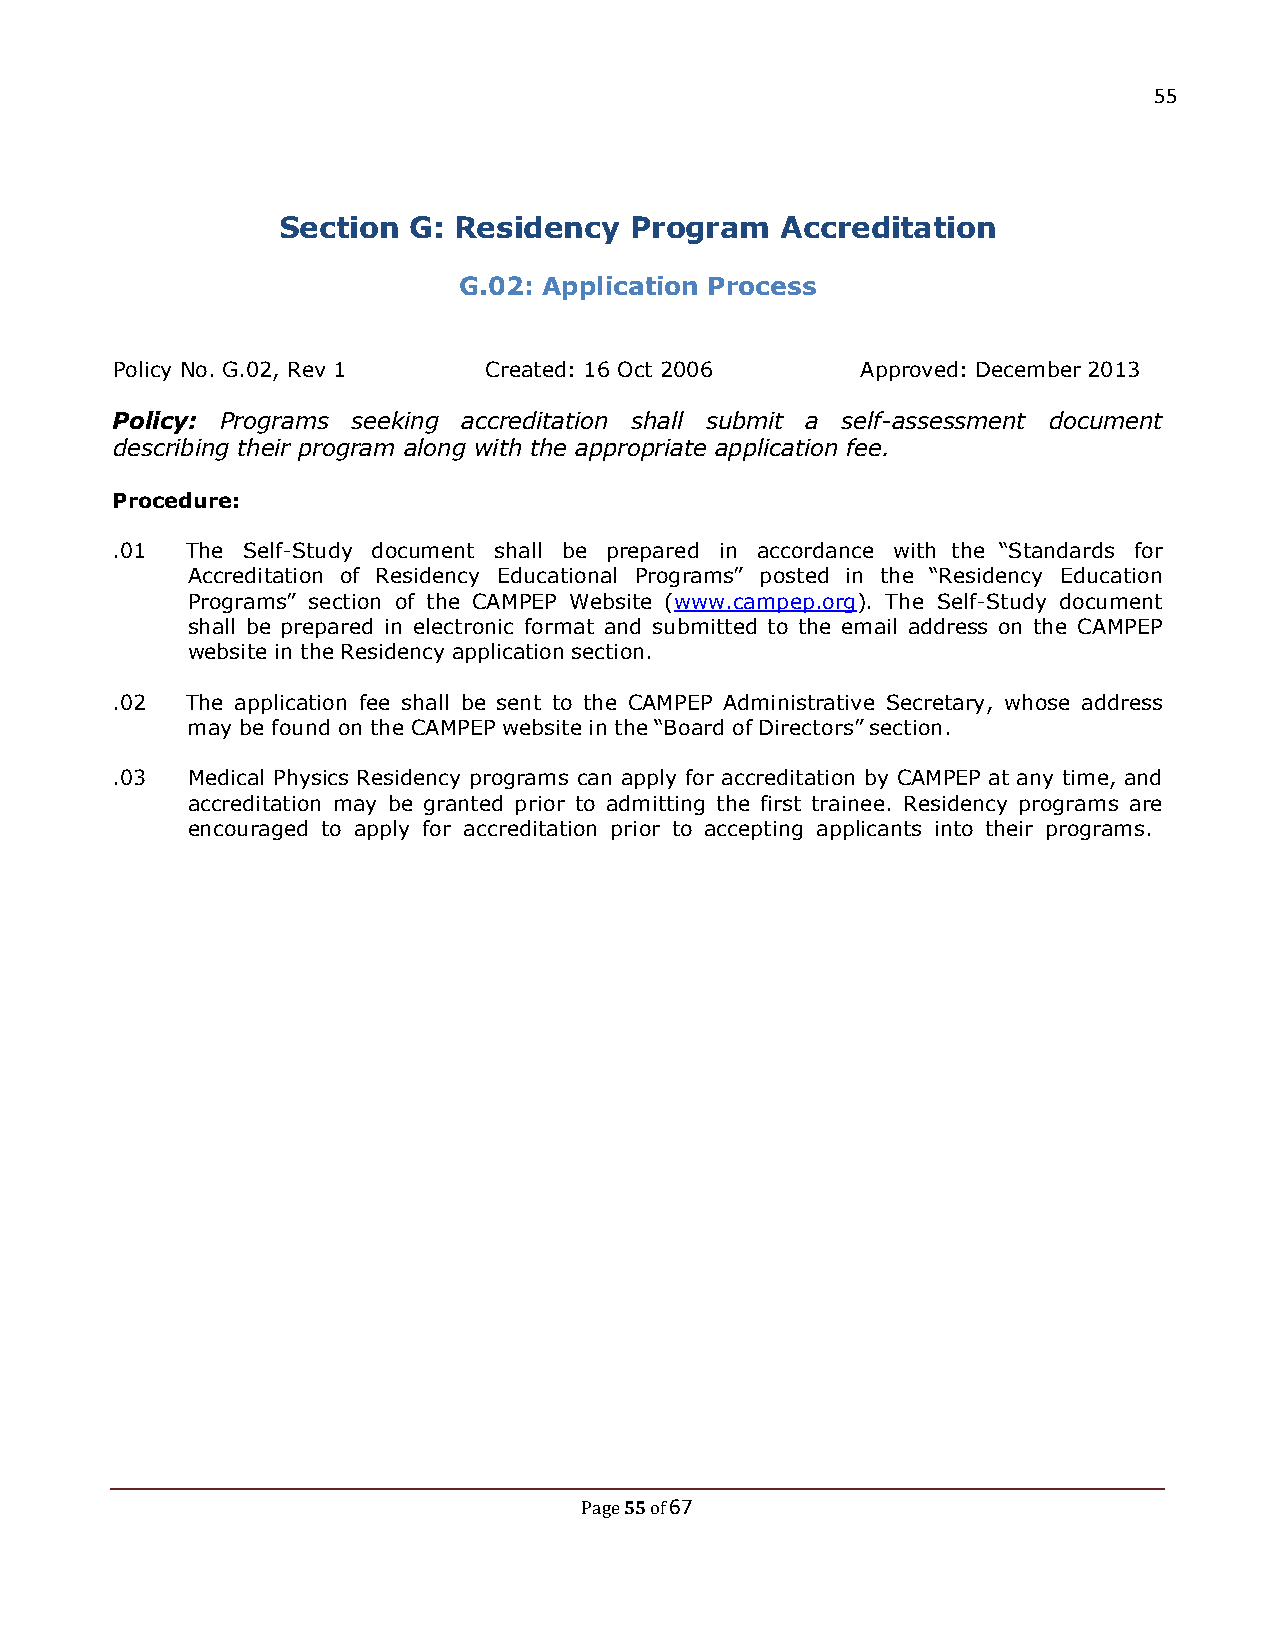
55
 Section  G: Residency   Program   Accreditation
 G.02: Application Process
 Policy No. G.02, Rev 1   Created: 16 Oct 2006     Approved: December 2013
 Policy: Programs seeking accreditation shall submit a self-assessment document
 describing their program along with the appropriate application fee.
 Procedure:
 .01  The Self-Study document shall be prepared in accordance with the “Standards for
 Accreditation of Residency Educational Programs” posted in the “Residency Education
 Programs” section of the CAMPEP Website (www.campep.org). The Self-Study document
 shall be prepared in electronic format and submitted to the email address on the CAMPEP
 website in the Residency application section.
 .02  The application fee shall be sent to the CAMPEP Administrative Secretary, whose address
 may be found on the CAMPEP website in the “Board of Directors” section.
 .03  Medical Physics Residency programs can apply for accreditation by CAMPEP at any time, and
 accreditation may be granted prior to admitting the first trainee. Residency programs are
 encouraged to apply for accreditation prior to accepting applicants into their programs.
 55 67
 Page of